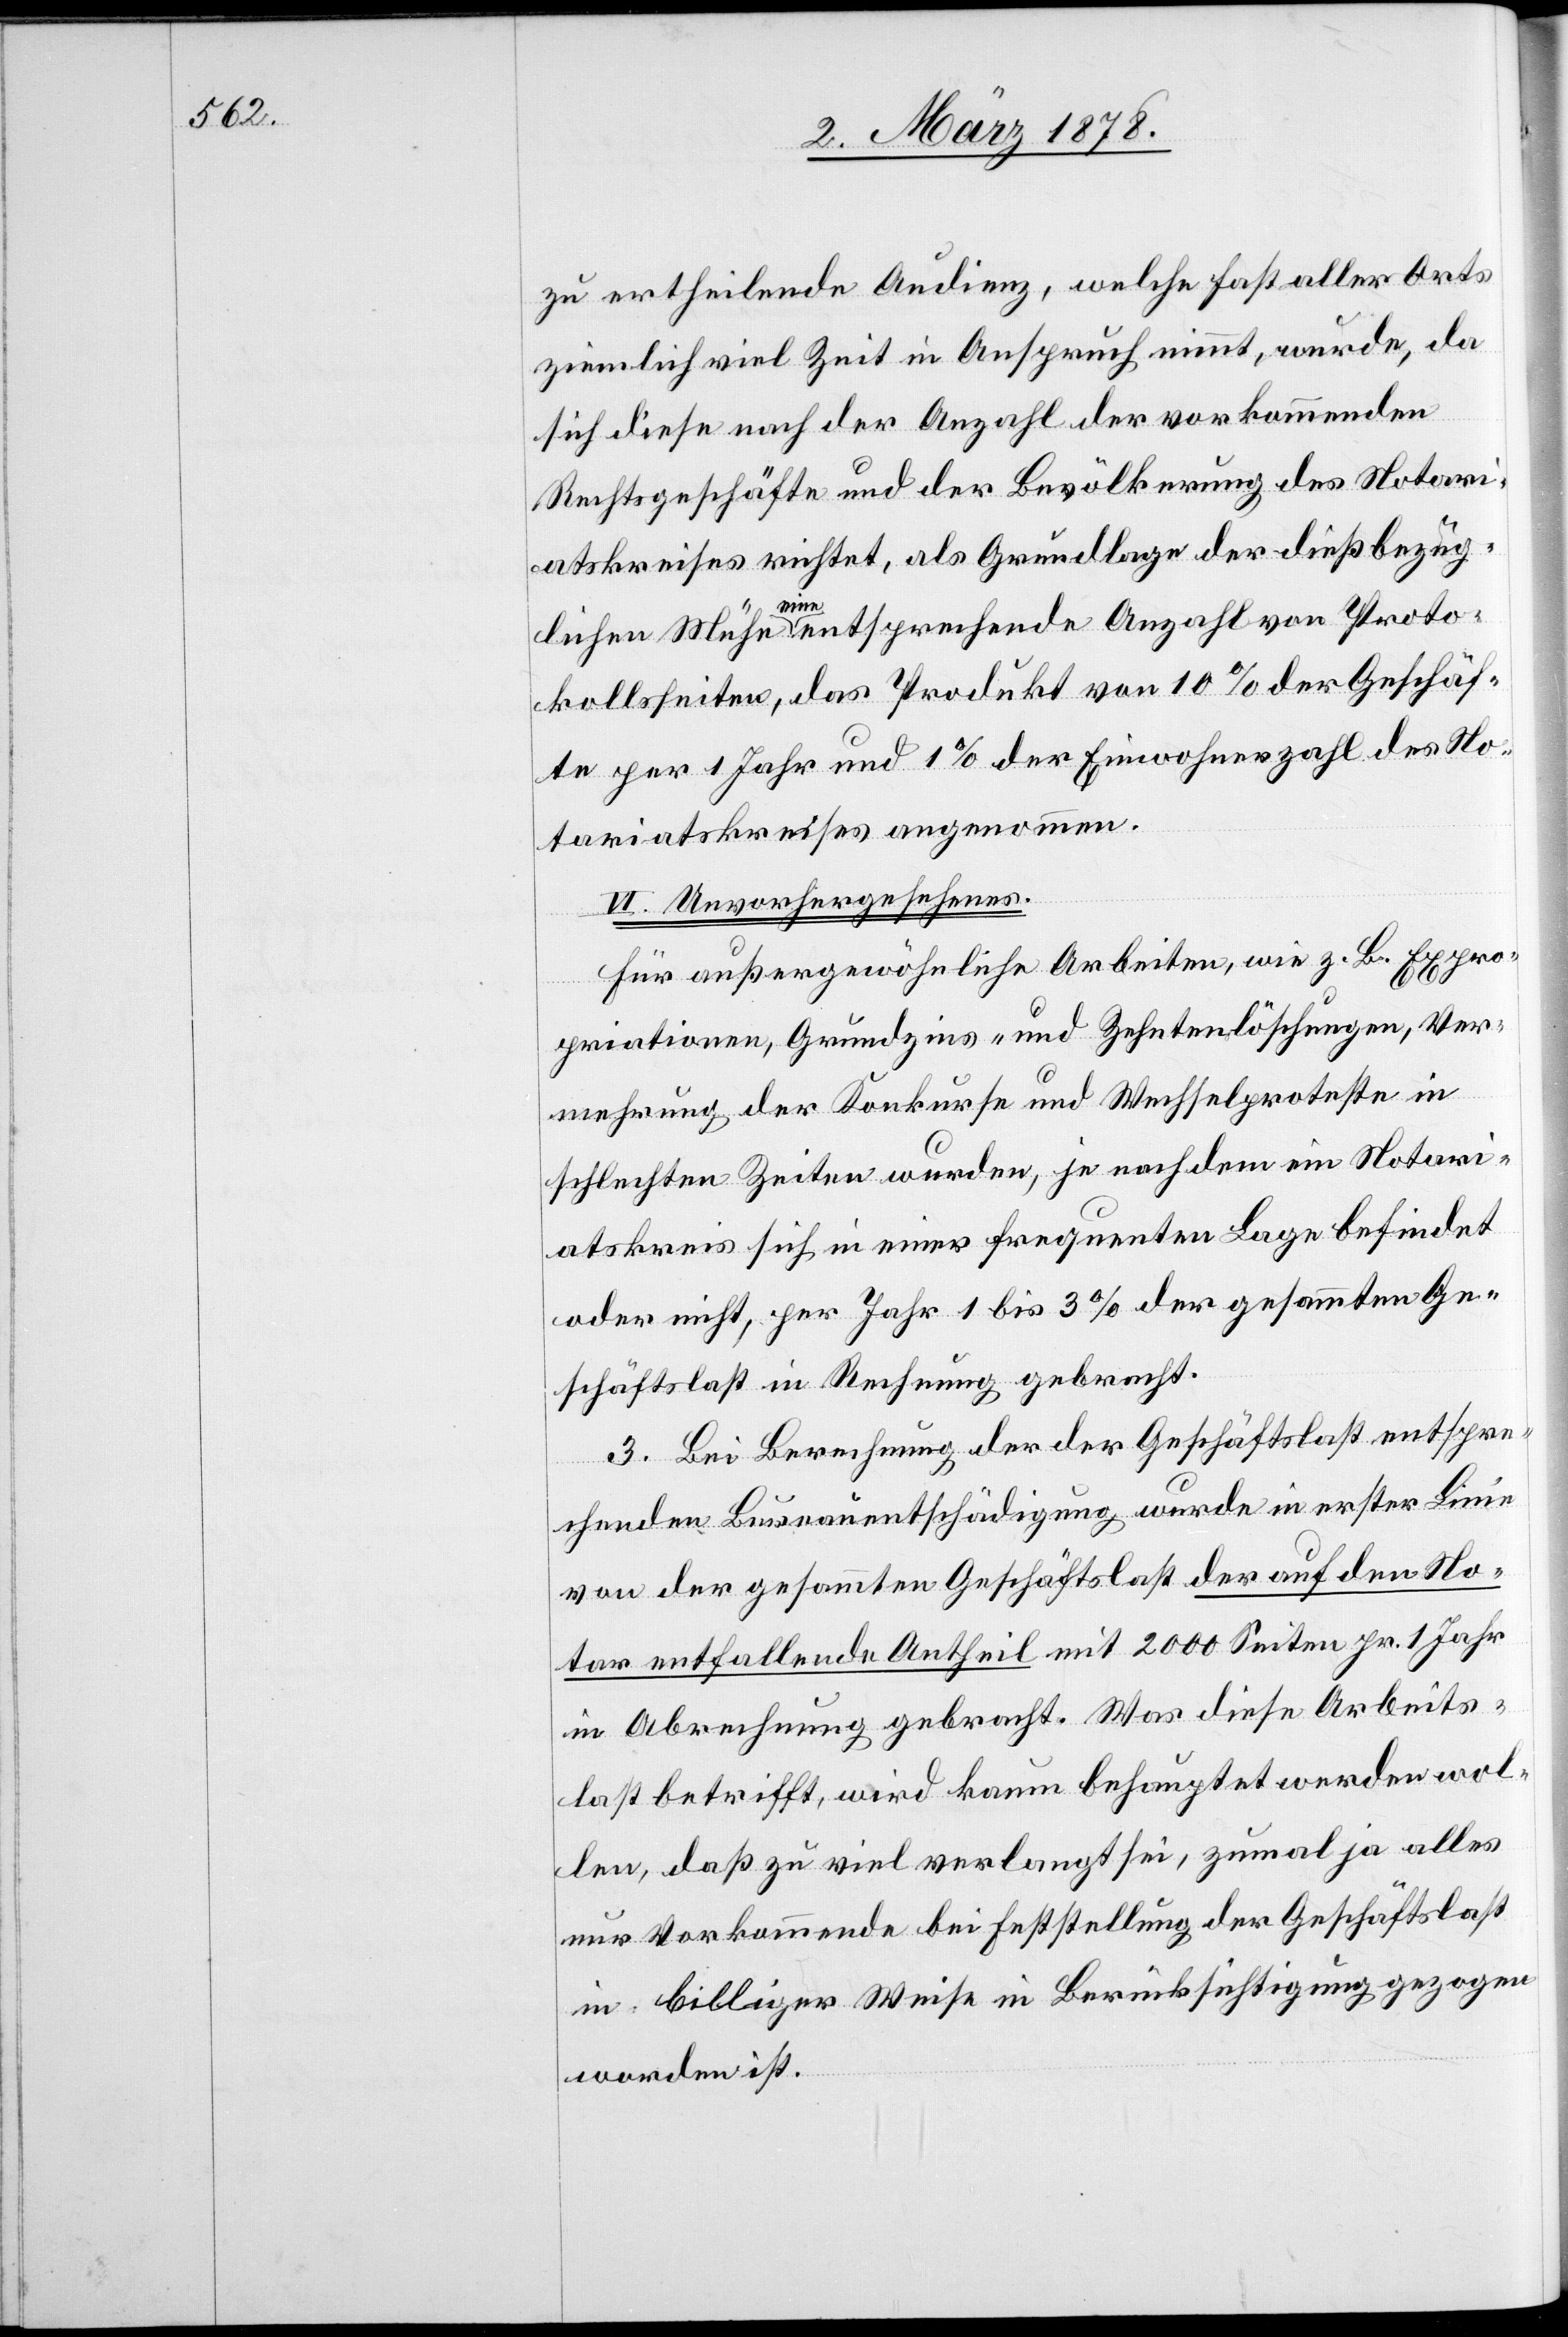
zu ertheilende Audienz, welche fast aller Orts
ziemlich viel Zeit in Anspruch nimmt, wurde, da
sich diese nach der Anzahl der vorkommenden
Rechtsgeschäfte und der Bevölkerung des Notari¬
atskreises richtet, als Grundlage der dießbezüg¬
lichen Mühe eine entsprechende Anzahl von Proto¬
kollseiten, das Produkt von 10% der Geschäf¬
te per 1 Jahr und 1% der Einwohnerzahl des No¬
tariatskreises angenommen.
VI. Unvorhergesehenes.
Für außergewöhnliche Arbeiten, wie z. B. Expro¬
priationen, Grundzins- und Zehntenlöschungen, Ver¬
mehrung der Konkurse und Wechselproteste in
schlechten Zeiten wurden, je nachdem ein Notari¬
atskreis sich in einer frequenten Lage befindet
oder nicht, per Jahr 1 bis 3% der gesammten Ge¬
schäftslast in Rechnung gebracht.
3. Bei Berechnung der der Geschäftslast entspre¬
chenden Bureauentschädigung wurde in erster Linie
von der gesammten Geschäftslast der auf den No¬
tar entfallende Antheil mit 2000 Seiten pr. 1 Jahr
in Abrechnung gebracht. Was diese Arbeits¬
last betrifft, wird kaum behauptet werden wol¬
len, daß zu viel verlangt sei, zumal ja alles
nur Vorkommende bei Feststellung der Geschäftslast
in billiger Weise in Berücksichtigung gezogen
worden ist.